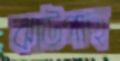
ঝাউগাছ